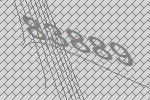
83889